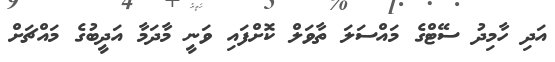
އަދި ހާމިދު ސޭޓްގެ މައްސަލަ ތާވަލް ކޮށްފައި ވަނީ މާދަމާ އަދީބުގެ މައްޗަށް